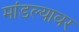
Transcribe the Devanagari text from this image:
मांडल्यावर